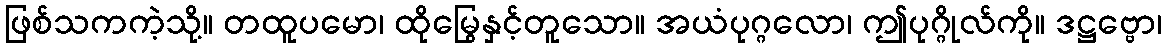
ဖြစ်သကကဲ့သို့။ တထူပမော၊ ထိုမြွေနှင့်တူသော။ အယံပုဂ္ဂလော၊ ဤပုဂ္ဂိုလ်ကို။ ဒဋ္ဌဗ္ဗော၊